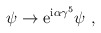
\begin{align*}\psi \to {\rm e}^{{\rm i}\alpha \gamma^5} \psi \ ,\end{align*}